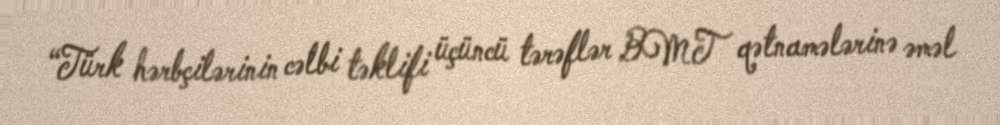
“Türk hərbçilərinin cəlbi təklifi üçüncü tərəflər BMT qətnamələrinə əməl